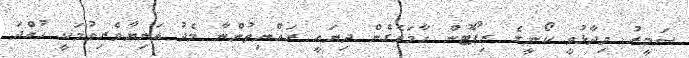
ސަމީރު ވިދާޅުވީ ކޯނީގެ ރިޕޯޓުން ހާމަވެގެން ދިޔައީ ރައްޔިތުންނާ މެދު އަނިޔާވެރިވުމަކީ ހުއްދަ